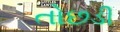
તોછડી